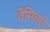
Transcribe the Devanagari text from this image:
वेसिक्ले